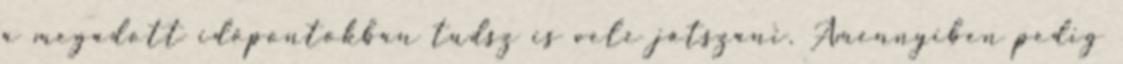
a megadott időpontokban tudsz is vele játszani. Amennyiben pedig